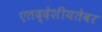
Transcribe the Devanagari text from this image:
एतद्देशीयतेवर